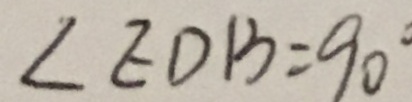
\angle E D B = 9 0 ^ { \circ }